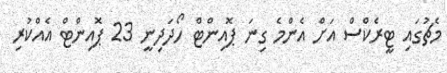
މެޗުގައި ޓީރެކްސް އަށް އެންމެ ގިނަ ޕޮއިންޓް ހޯދަދިނީ 23 ޕޮއިންޓް އެއްކުރި